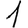
Digit: 1